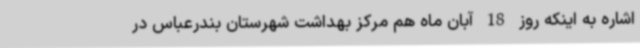
اشاره به اینکه روز 18 آبان ماه هم مرکز بهداشت شهرستان بندرعباس در